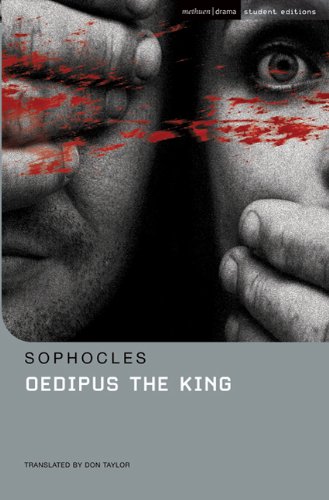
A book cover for Oedipus the King (Student Editions); Sophocles; Literature & Fiction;